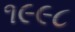
૧૯૯૮